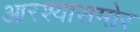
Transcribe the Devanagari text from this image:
आरश्यासमोर